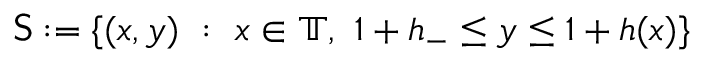
\mathsf { S } : = \{ ( x , y ) \ : \ x \in \mathbb { T } , \ 1 + h _ { - } \leq y \leq 1 + h ( x ) \}